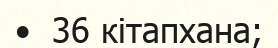
•  36 кітапхана;